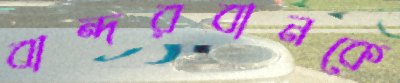
বান্দরবানকে